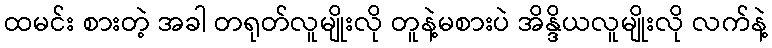
ထမင်း စားတဲ့ အခါ တရုတ်လူမျိုးလို တူနဲ့မစားပဲ အိန္ဒိယလူမျိုးလို လက်နဲ့